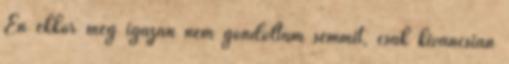
Én ekkor még igazán nem gondol­tam semmit, csak kíváncsian